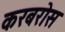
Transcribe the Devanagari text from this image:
करबरोस